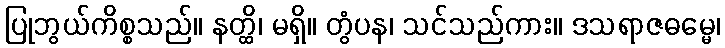
ပြုဘွယ်ကိစ္စသည်။ နတ္ထိ၊ မရှိ။ တွံပန၊ သင်သည်ကား။ ဒသရာဇဓမ္မေ၊